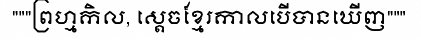
"""ព្រហ្មកិល, ស្តេចខ្មែរកាលបើបានឃើញ"""